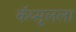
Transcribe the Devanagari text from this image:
कॅप्सूलला